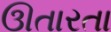
ઊતારતા